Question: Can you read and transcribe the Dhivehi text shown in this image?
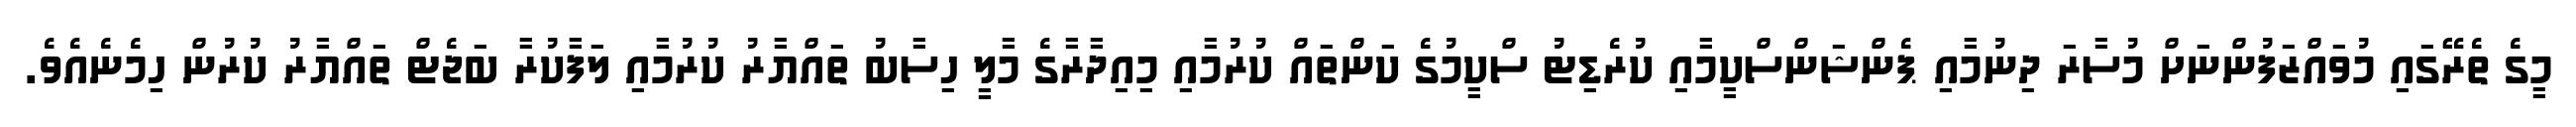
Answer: މީގެ ތެރޭގައި މުވައްޒަފުންނަށް މުސާރަ ދިނުމާއި ޕެންޝަންސްކީމާއި ކުރެޑިޓު ސްކީމުގެ ކަންތައް ކުރުމާއި މިއިދާރާގެ މާލީ ހިސާބު ތައްޔާރު ކުރުމާއި ލަފާކުރާ ބަޖެޓް ތައްޔާރު ކުރުން ހިމެނެއެވެ.